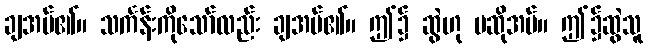
ချအပ်၏။ သင်္ကန်းကိုသော်လည်း ချအပ်၏။ ဤ၌ ဆွဲဟု မဆိုအပ်။ ဤ၌ဆွဲသူ